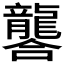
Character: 𮯚